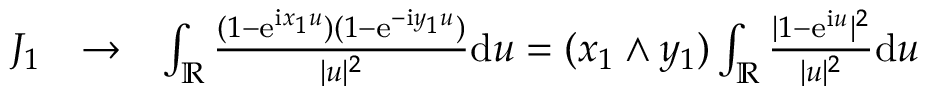
\begin{array} { r l r } { J _ { 1 } } & { \to } & { \int _ { \mathbb { R } } \frac { ( 1 - \mathrm e ^ { \mathrm i x _ { 1 } u } ) ( 1 - \mathrm e ^ { - \mathrm i y _ { 1 } u } ) } { | u | ^ { 2 } } \mathrm d u = ( x _ { 1 } \wedge y _ { 1 } ) \int _ { \mathbb { R } } \frac { | 1 - \mathrm e ^ { \mathrm i u } | ^ { 2 } } { | u | ^ { 2 } } \mathrm d u } \end{array}